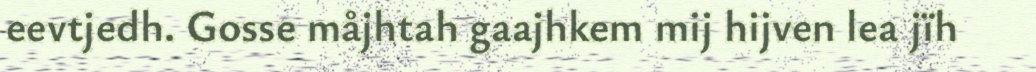
eevtjedh. Gosse måjhtah gaajhkem mij hijven lea jïh